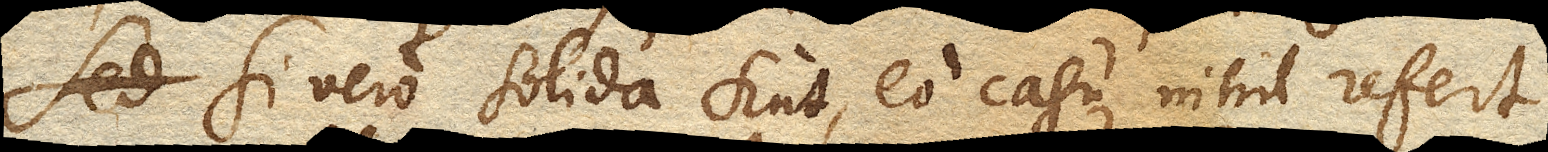
sed si vero solida sint, eo casu nihil refert